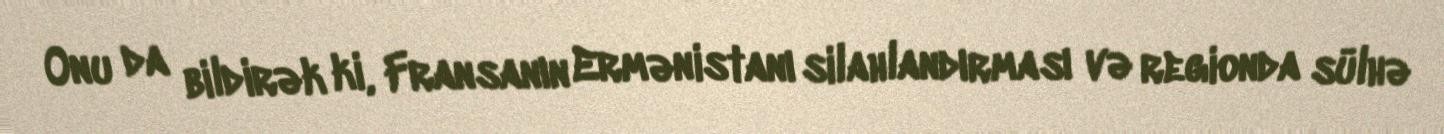
Onu da bildirək ki, Fransanın Ermənistanı silahlandırması və regionda sülhə